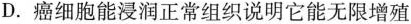
D.癌细胞能浸润正常组织说明它能无限增殖